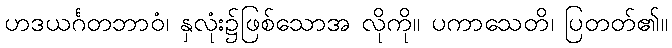
ဟဒယင်္ဂတဘာဝံ၊ နှလုံး၌ဖြစ်သောအ လိုကို။ ပကာသေတိ၊ ပြတတ်၏။